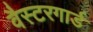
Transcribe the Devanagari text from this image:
वैस्टरगार्ड